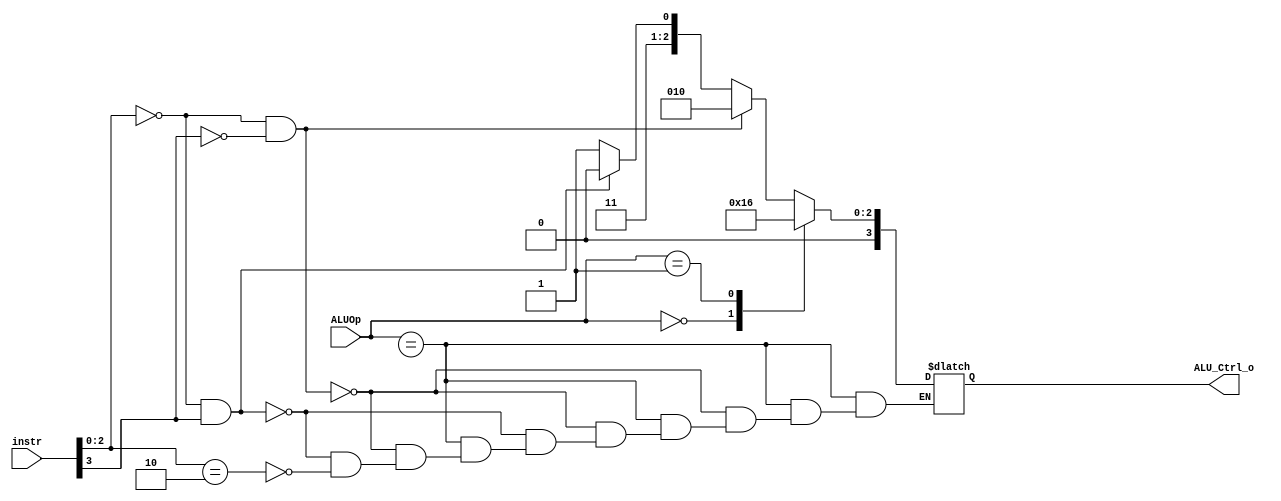
module ALU_Ctrl(
    input       [4-1:0] instr,
    input       [2-1:0] ALUOp,
    output      [4-1:0] ALU_Ctrl_o
);
wire [2:0] func3;
assign func3 = instr[2:0];
/* Write your code HERE */
/*
ALUOp:
R-type: 1x
addi/Load: 00
Store: 00
Branch: 01
JAL/JALR: xx
*/
wire func7_1bit;
reg ALU_Ctrl_o;
assign func7_1bit = instr[3];

always @(*) begin
    case (ALUOp)
        2'b1x: begin
            // R-type
            if (func3 == 3'b000 && func7_1bit == 1'b0) begin
                // add
                ALU_Ctrl_o = 4'b0010;
            end else if (func3 == 3'b000 && func7_1bit == 1'b1) begin
                // sub
                ALU_Ctrl_o = 4'b0110;
            end else if (func3 == 3'b010) begin
                // slt
                ALU_Ctrl_o = 4'b0111;
            end
        end
        2'b00: begin
            // addi, load, store
            ALU_Ctrl_o = 4'b0010;
        end
        2'b01: begin
            // beq
            ALU_Ctrl_o = 4'b0110;
        end
        default: ALU_Ctrl_o = 4'Bxxxx; // JAL, JALR
    endcase
end

endmodule